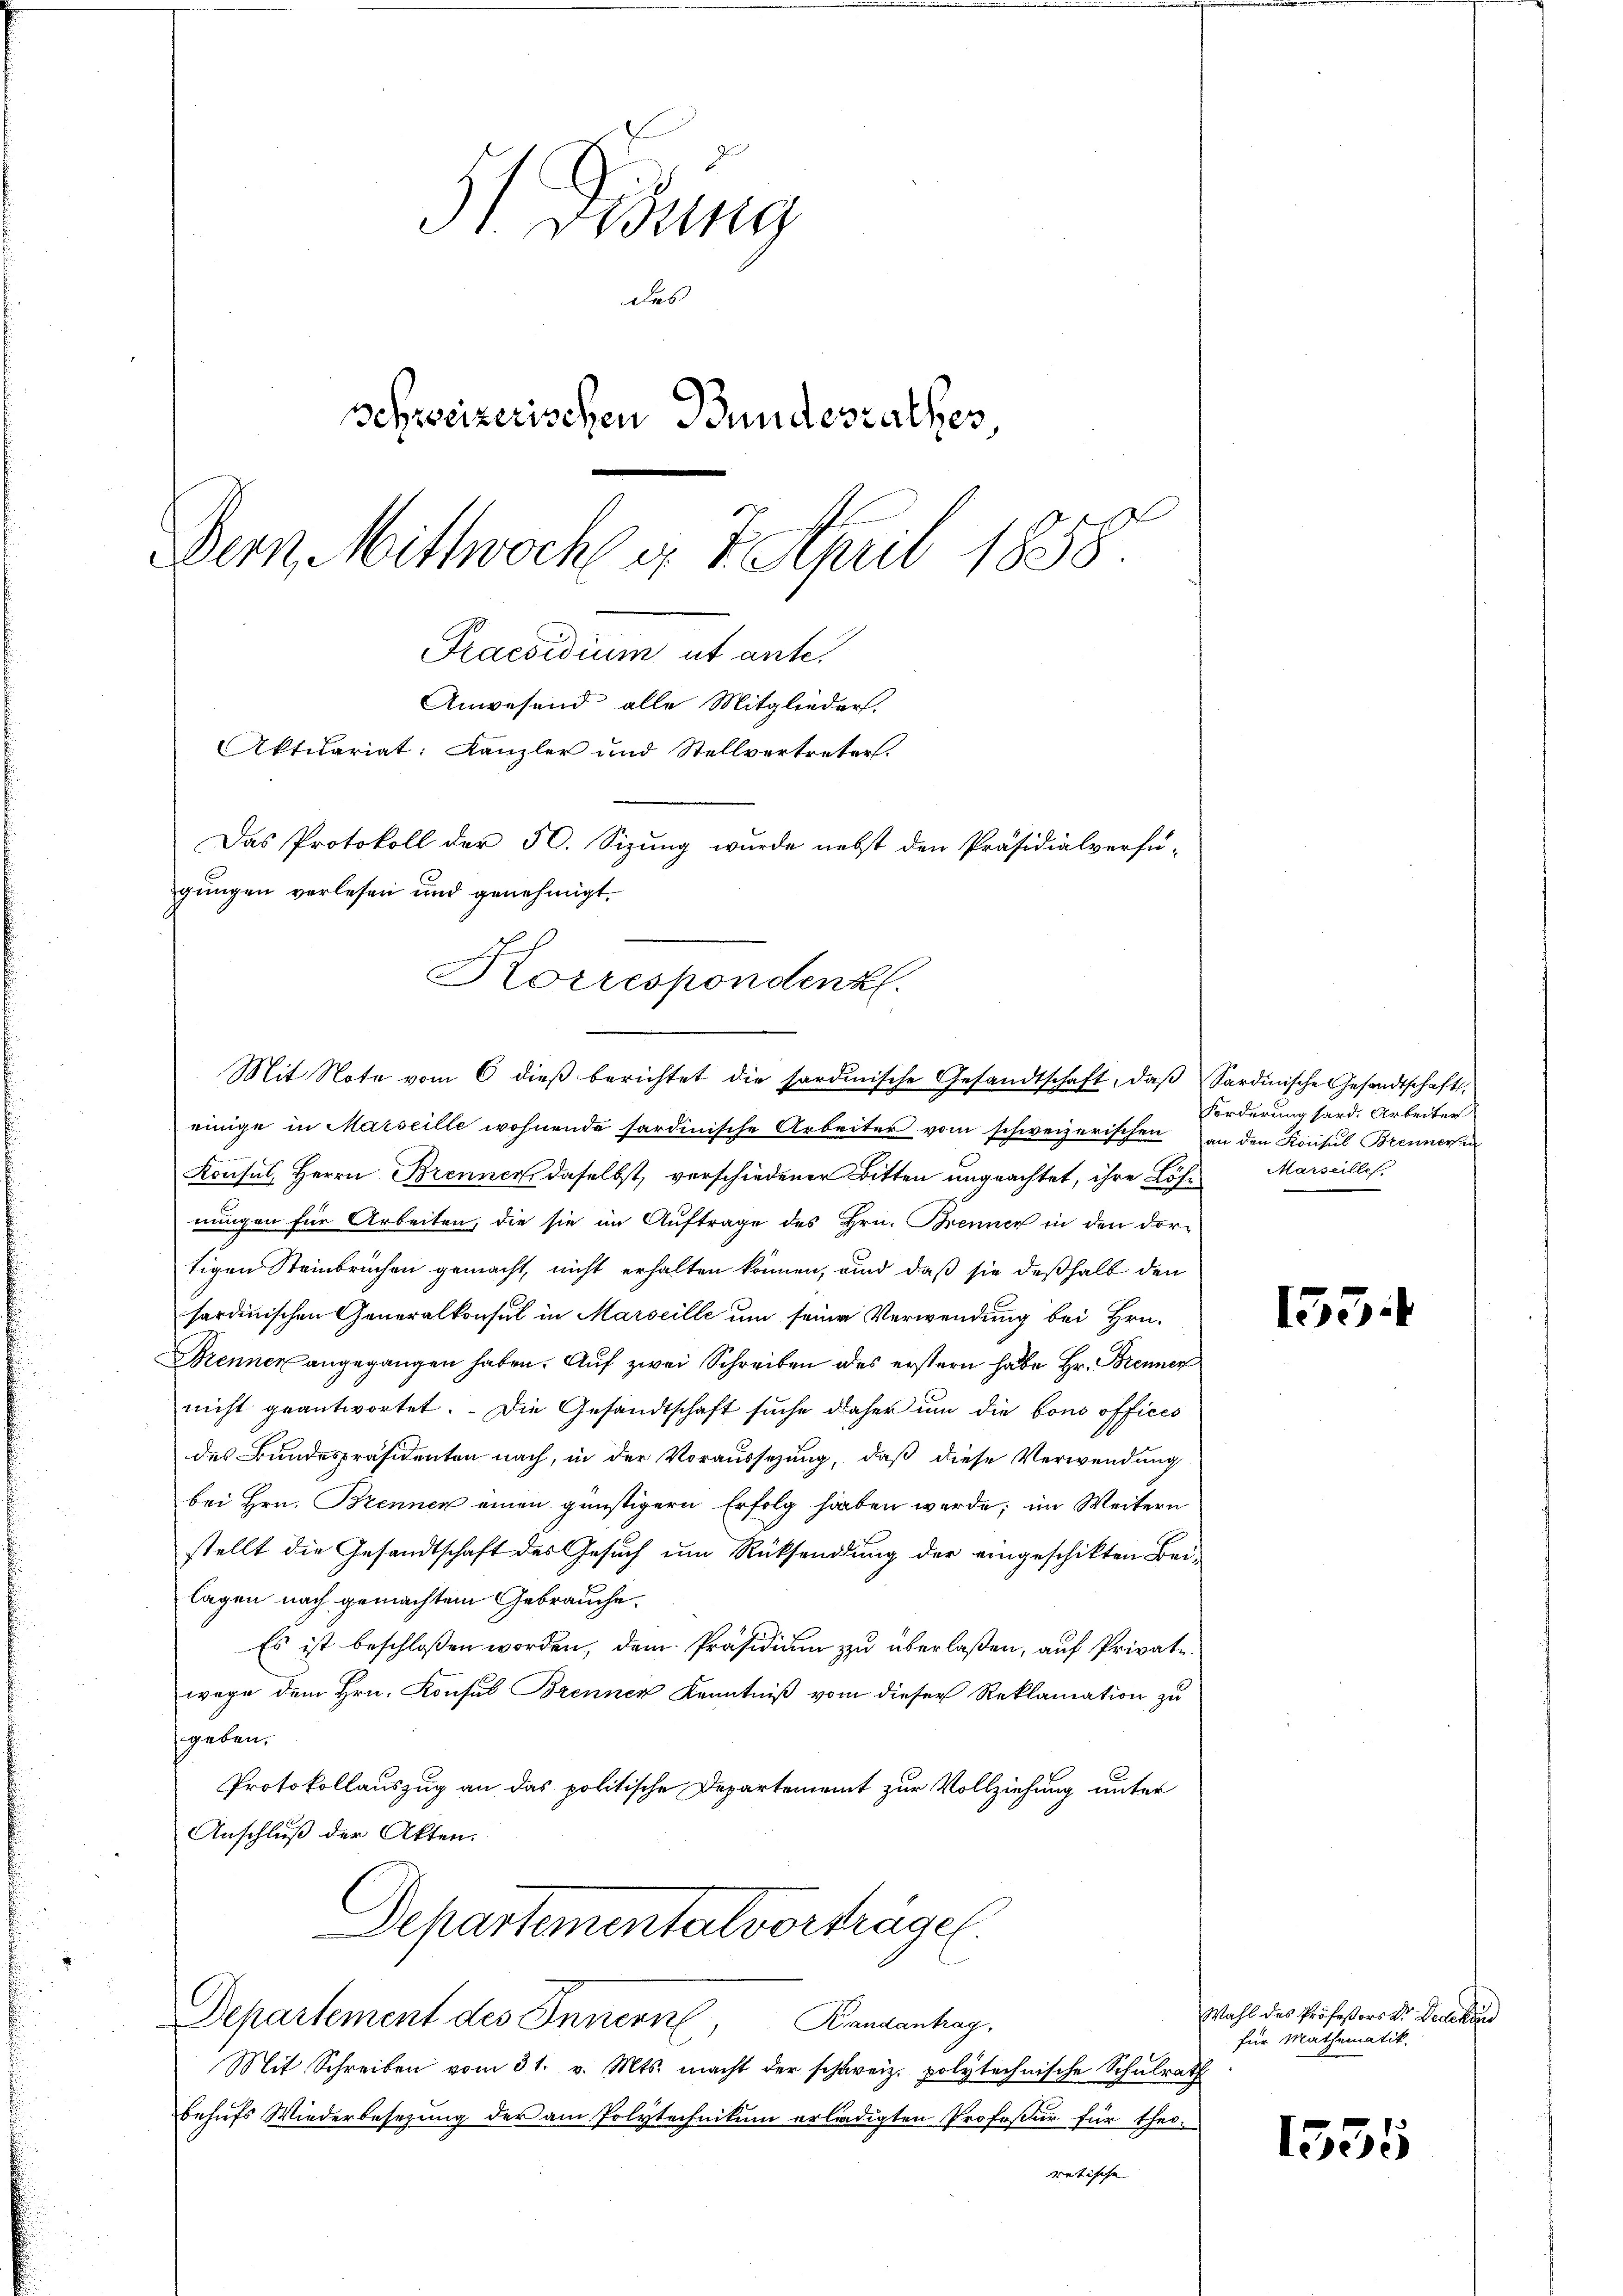
St. Gesung
des
schweizerischen Bundesrathes
Dem Mittwoch v. 7. April 1858.
Praesidium ut ante.
Anwesend alle Mitglieder.
Aktuariat: Kanzler und Stellvertreter.
Das Protokoll der 50. Sizung wurde nebst den Präsidialverfü-
gungen verlesen und genehmigt.

.
Korrespondenk
¬
Mit Note vom 6 dieβ berichtet die sordinische Gesandtschaft, daβ Sardinische Gesandtschafts-

einige in Marseille wohnende sardinische Arbeiter vom schweizerischen an den Konsul Brennerse
Konsul, Herrn Brennen daselbst, verschiedener Bitten ungeachtet, ihre Löhnungen für Arbeiten, die sie im Auftrage des Hrn. Brenner in den dortigen Steinbrüchen gemacht, nicht erhalten können, und daß sie deßhalb den
sardinischen Generalkonsul in Marseille um seine Verwendung bei Hrn.
Brenner angegangen haben. Auf zwei Schreiben des erstern habe Hr. Brenner
nicht geantwortet. Die Gesandtschaft suche daher um die bono offices
des Bundespräsidenten nach, in der Voraussezung, daß diese Verwendung
bei Hrn. Brennen einen günstigern Erfolg haben werde; im Weitern
stellt die Gesandtschaft des Gesuch um Rücksendung der eingeschikten Beilagen nach gemachtem Gebrauche.
Es ist beschloßen worden, dem Präsidium zu überlaßen, auf Private
wege dem Hrn. Konsul Brenner Kenntniß vom dieser Reklamation zu
geben.
Protokollauszug an das politische Departement zur Vollziehung unter
Anschluß der Akten.
Dehartementatvorträgen

Departement des Innern, Bandenhag
Mit Schreiben vom 31. v. Mts. macht der schweiz. polytechnische Schulrath
behufs Wiederbesetzung der am Polytechnikum erlädigten Profeßur für theiretische |

Forderung hard. Arbeiter
Marseille

155

Wahl des Professors Dr. Bedekor
für Mathematik.

1555